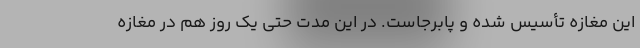
این مغازه تأسیس شده و پابرجاست. در این مدت حتی یک روز هم در مغازه